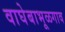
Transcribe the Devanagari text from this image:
वाघेबाभूळगाव